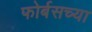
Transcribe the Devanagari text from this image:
फोर्बसच्या